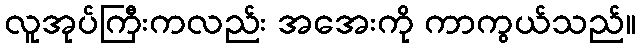
လူအုပ်ကြီးကလည်း အအေးကို ကာကွယ်သည်။